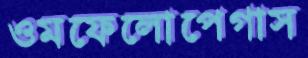
ওমফেলোপেগাস